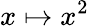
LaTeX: x\mapsto x^{2}